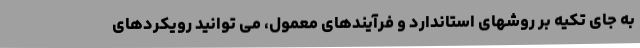
به جای تکیه بر روشهای استاندارد و فرآیندهای معمول، می توانید رویکردهای